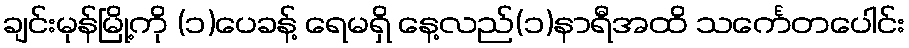
ချင်းမုန်မြို့ကို (၁)ပေခန့် ရေမရှိ နေ့လည်(၁)နာရီအထိ သင်္ကေတပေါင်း